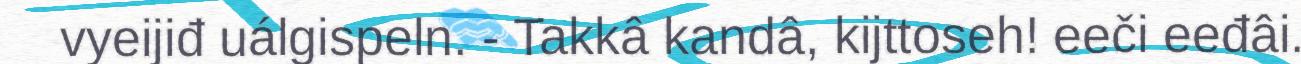
vyeijiđ uálgispeln. - Takkâ kandâ, kijttoseh! eeči eeđâi.